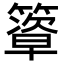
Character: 𥴃